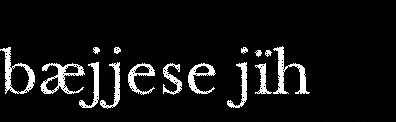
bæjjese jïh